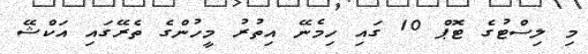
މި ލިސްޓުގެ ޓޮޕް 10 ގައި ހިމެނޭ އިތުރު މީހުންގެ ތެރޭގައި އަކްޝޭ